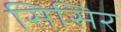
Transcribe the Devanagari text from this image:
सिसिर